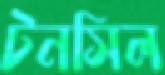
টনসিল